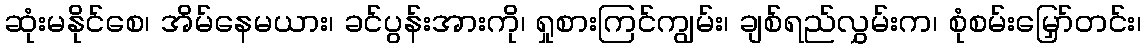
ဆုံးမနိုင်စေ၊ အိမ်နေမယား၊ ခင်ပွန်းအားကို၊ ရှုစားကြင်ကျွမ်း၊ ချစ်ရည်လွှမ်းက၊ စုံစမ်းမြှော်တင်း၊